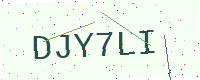
Text: DJY7LI